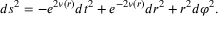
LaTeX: d s ^ { 2 } = - e ^ { 2 \nu ( r ) } d t ^ { 2 } + e ^ { - 2 \nu ( r ) } d r ^ { 2 } + r ^ { 2 } d \varphi ^ { 2 } .